Vaccination in Burma 1900-1911 - 1900-1911
Year: 1900
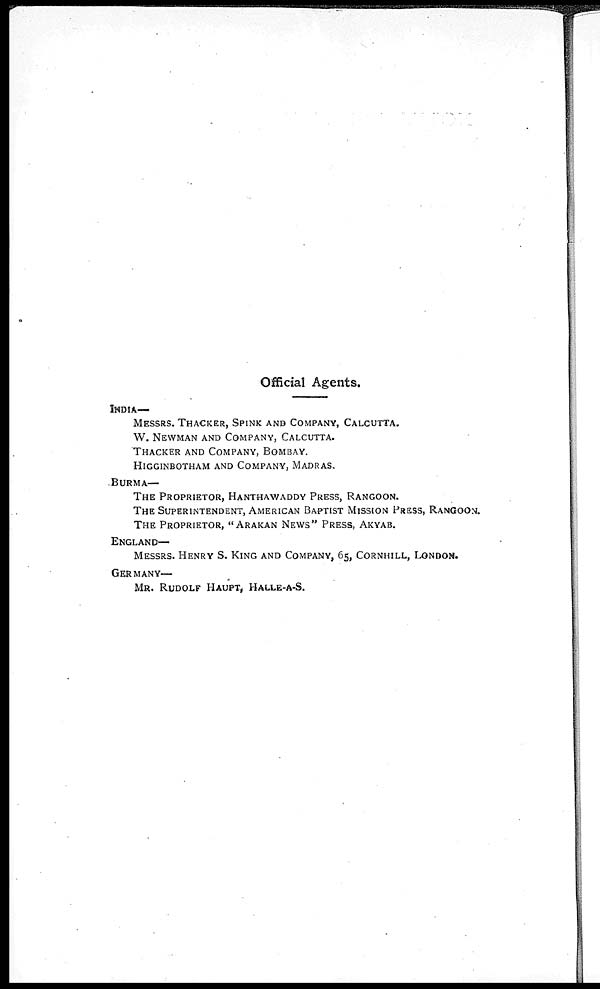
Official Agents.
INDIA—
MESSRS. THACKER, SPINK AND COMPANY, CALCUTTA.
W. NEWMAN AND COMPANY, CALCUTTA.
THACKER AND COMPANY, BOMBAY.
HIGGINBOTHAN AND COMPANY, MADRAS.
BURMA—
THE PROPRIETOR, HANTHAWADDY PRESS, RANGOON.
THE SUPERINTENDENT, AMERICAN BAPTIST MISSION PRESS, RANGOON.
THE PROPRIETOR, "ARAKAN NEWS" PRESS, AKYAB.
ENGLAND—
MESSRS. HENRY S. KING AND COMPANY, 65, CORNHILL, LONDON.
GERMANY—
MR. RUDOLF HAUPT, HALLE-A-S.